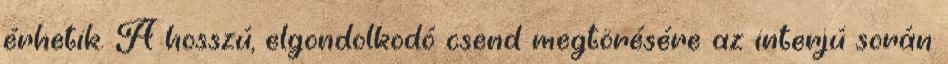
érhetik. A hosszú, elgondolkodó csend megtörésére az interjú során